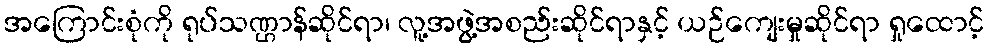
အကြောင်းစုံကို ရုပ်သဏ္ဌာန်ဆိုင်ရာ၊ လူ့အဖွဲ့အစည်းဆိုင်ရာနှင့် ယဉ်ကျေးမှုဆိုင်ရာ ရှုထောင့်